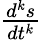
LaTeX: \textstyle{\frac{d^{k}s}{dt^{k}}}